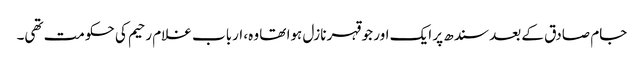
جام صادق کے بعد سندھ پر ایک اور جو قہر نازل ہوا تھا وہ، ارباب غلام رحیم کی حکومت تھی۔